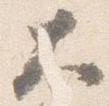
大